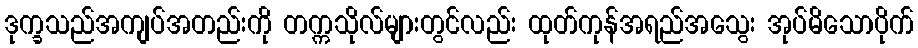
ဒုက္ခသည်အကျပ်အတည်းကို တက္ကသိုလ်များတွင်လည်း ထုတ်ကုန်အရည်အသွေး အုပ်မိသောပိုက်